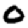
Digit: 0